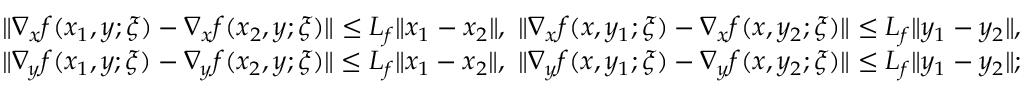
\begin{array} { r } { \| \nabla _ { x } f ( x _ { 1 } , y ; \xi ) - \nabla _ { x } f ( x _ { 2 } , y ; \xi ) \| \leq L _ { f } \| x _ { 1 } - x _ { 2 } \| , \ \| \nabla _ { x } f ( x , y _ { 1 } ; \xi ) - \nabla _ { x } f ( x , y _ { 2 } ; \xi ) \| \leq L _ { f } \| y _ { 1 } - y _ { 2 } \| , } \\ { \| \nabla _ { y } f ( x _ { 1 } , y ; \xi ) - \nabla _ { y } f ( x _ { 2 } , y ; \xi ) \| \leq L _ { f } \| x _ { 1 } - x _ { 2 } \| , \ \| \nabla _ { y } f ( x , y _ { 1 } ; \xi ) - \nabla _ { y } f ( x , y _ { 2 } ; \xi ) \| \leq L _ { f } \| y _ { 1 } - y _ { 2 } \| ; } \end{array}